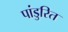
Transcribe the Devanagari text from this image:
पांडुरित